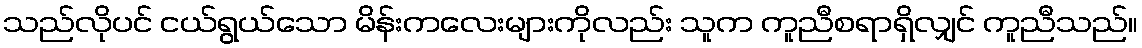
သည်လိုပင် ငယ်ရွယ်သော မိန်းကလေးများကိုလည်း သူက ကူညီစရာရှိလျှင် ကူညီသည်။